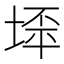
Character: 𱗍